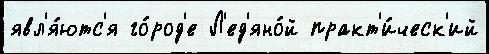
явл'я́ютс'я го́род'е Л'ед'яно́й практ'и́ческ'ий